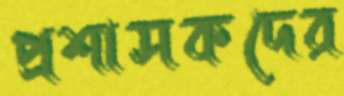
প্রশাসকদের